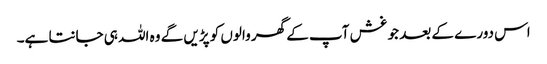
اس دورے کے بعد جو غش آپ کے گھر والوں کو پڑیں گے وہ اللہ ہی جانتا ہے۔